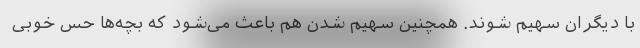
با دیگران سهیم شوند. همچنین سهیم شدن هم باعث می‌شود که بچه‌ها حس خوبی